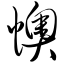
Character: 懊